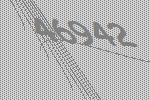
46942